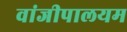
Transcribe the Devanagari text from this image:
वांजीपालयम